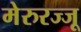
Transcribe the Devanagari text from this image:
मेरुरज्जू